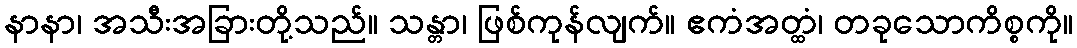
နာနာ၊ အသီးအခြားတို့သည်။ သန္တာ၊ ဖြစ်ကုန်လျက်။ ဧကံအတ္ထံ၊ တခုသောကိစ္စကို။